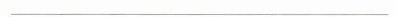
___